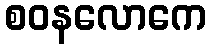
စဝနလောကေ